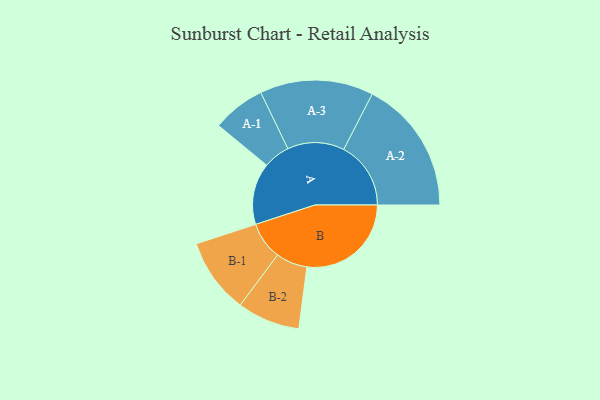
{"axis": {"x": "Segment", "y": "Value"}, "legend": ["", "A", "B"], "data": [{"x": "A", "y": 267, "type": ""}, {"x": "B", "y": 452, "type": ""}, {"x": "A-1", "y": 115, "type": "A"}, {"x": "A-2", "y": 291, "type": "A"}, {"x": "A-3", "y": 246, "type": "A"}, {"x": "B-1", "y": 163, "type": "B"}, {"x": "B-2", "y": 136, "type": "B"}]}